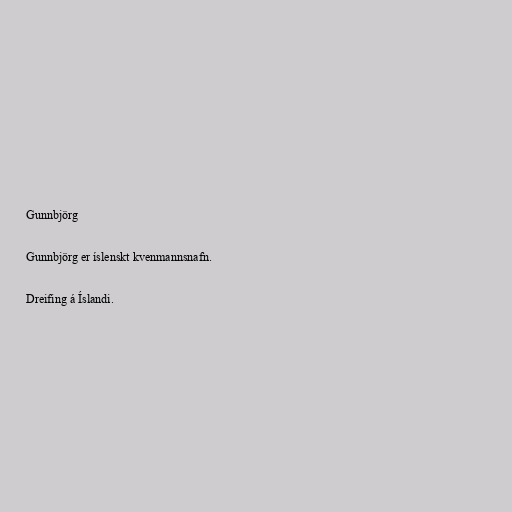
Gunnbjörg

Gunnbjörg er íslenskt kvenmannsnafn.

Dreifing á Íslandi.